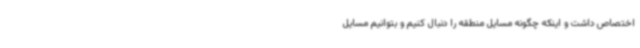
اختصاص داشت و اینکه چگونه مسایل منطقه‌ را دنبال کنیم و بتوانیم مسایل